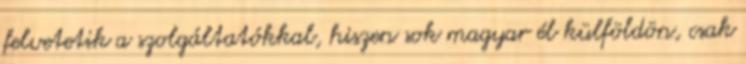
felvetetik a szolgáltatókkal, hiszen sok magyar él külföldön, csak